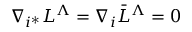
\nabla _ { i ^ { * } } L ^ { \Lambda } = \nabla _ { i } \bar { L } ^ { \Lambda } = 0